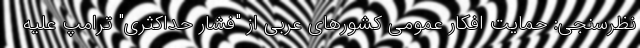
نظرسنجی: حمایت افکار عمومی کشورهای عربی از "فشار حداکثری" ترامپ علیه